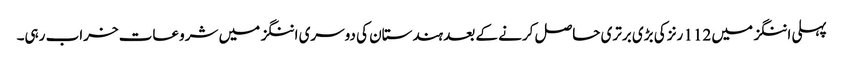
پہلی اننگز میں 112 رنز کی بڑی برتری حاصل کرنے کے بعد ہندستان کی دوسری اننگز میں شروعات خراب رہی۔